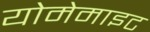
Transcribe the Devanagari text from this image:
योमेमाइट